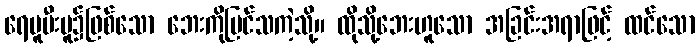
ရေပူမီးပူ၌ဖြစ်သော ဘေးကိုမြင်သကဲ့သို့။ ထိုသို့ဘေးဟူသော အခြင်းအရာဖြင့် ထင်သော